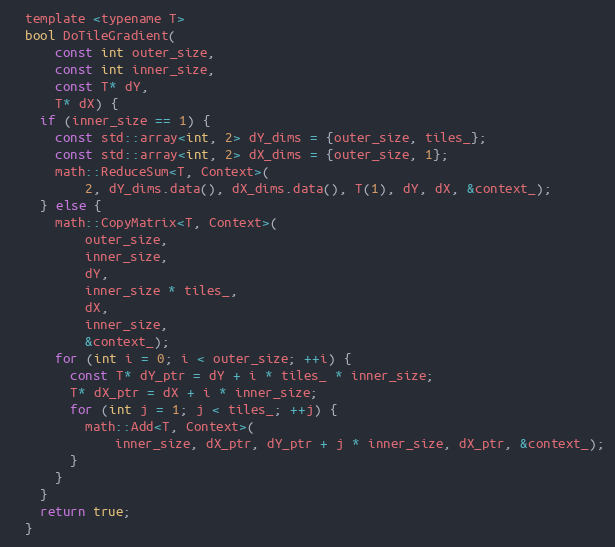
Language: C
  template <typename T>
  bool DoTileGradient(
      const int outer_size,
      const int inner_size,
      const T* dY,
      T* dX) {
    if (inner_size == 1) {
      const std::array<int, 2> dY_dims = {outer_size, tiles_};
      const std::array<int, 2> dX_dims = {outer_size, 1};
      math::ReduceSum<T, Context>(
          2, dY_dims.data(), dX_dims.data(), T(1), dY, dX, &context_);
    } else {
      math::CopyMatrix<T, Context>(
          outer_size,
          inner_size,
          dY,
          inner_size * tiles_,
          dX,
          inner_size,
          &context_);
      for (int i = 0; i < outer_size; ++i) {
        const T* dY_ptr = dY + i * tiles_ * inner_size;
        T* dX_ptr = dX + i * inner_size;
        for (int j = 1; j < tiles_; ++j) {
          math::Add<T, Context>(
              inner_size, dX_ptr, dY_ptr + j * inner_size, dX_ptr, &context_);
        }
      }
    }
    return true;
  }